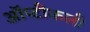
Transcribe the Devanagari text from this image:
ऑप्टीकली